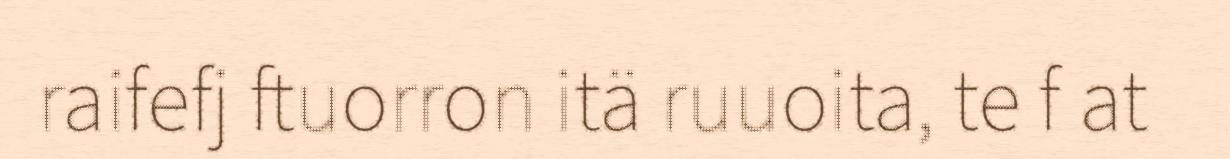
raifefj ftuorron itä ruuoita, te f at